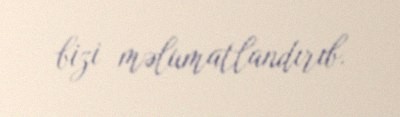
bizi məlumatlandırıb.